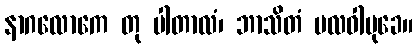
နာဂလောကေ တု ပါတာလံ၊ ဘာသိတံ ဗလဝါမုခေ။